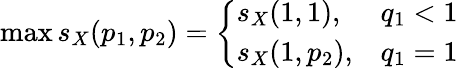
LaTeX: \operatorname*{max}s_{X}(p_{1},p_{2})=\left\{ \begin{array}{ll}{s_{X}(1,1),}&{q_{1}<1}\\ {s_{X}(1,p_{2}),}&{q_{1}=1}\end{array}\right.